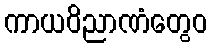
ကာယဝိညာဏံတွေဝ